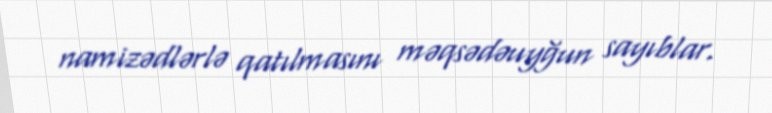
namizədlərlə qatılmasını məqsədəuyğun sayıblar.